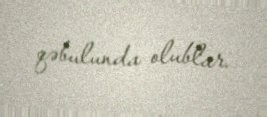
qəbulunda olublar.